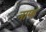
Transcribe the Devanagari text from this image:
नाफ